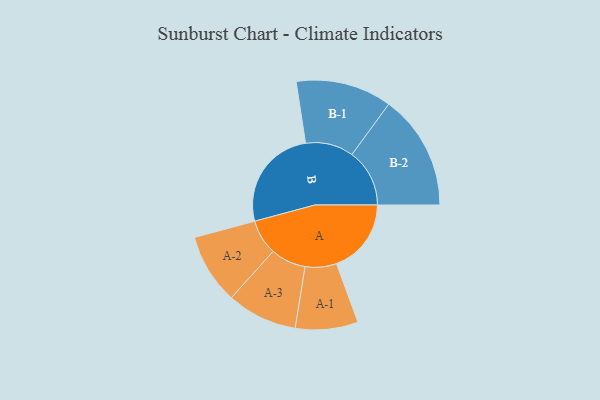
{"axis": {"x": "Segment", "y": "Value"}, "legend": ["", "A", "B"], "data": [{"x": "A", "y": 327, "type": ""}, {"x": "B", "y": 451, "type": ""}, {"x": "A-1", "y": 137, "type": "A"}, {"x": "A-2", "y": 154, "type": "A"}, {"x": "A-3", "y": 154, "type": "A"}, {"x": "B-1", "y": 210, "type": "B"}, {"x": "B-2", "y": 252, "type": "B"}]}